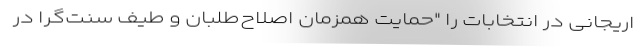
اریجانی در انتخابات را "حمایت همزمان اصلاح‌طلبان و طیف سنت‌گرا در